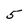
Character: 5